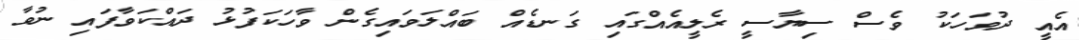
އެއީ ދުވަހަކު ވެސް ސިޔާސީ ރެލީއެއްގައި ގަނޑެއް ބައްލަވައިގެން ވާހަކަފުޅު ދައްކަވާފައި ނުވާ